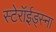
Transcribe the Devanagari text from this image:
स्टेरॉईड्स्ना